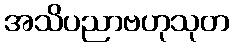
အသိပညာဗဟုသုတ